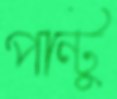
পান্টু